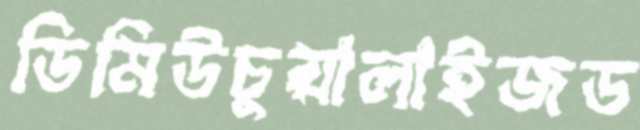
ডিমিউচুয়ালাইজড